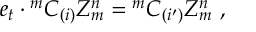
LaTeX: e _ { t } \cdot { ^ m C _ { ( i ) } } Z _ { m } ^ { n } = { ^ m C _ { ( i ^ { \prime } ) } } Z _ { m } ^ { n } ~ ,